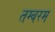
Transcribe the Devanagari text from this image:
तम्बरम